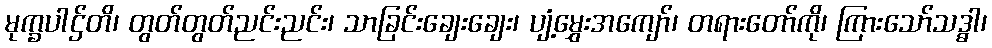
မုက္ခပါဌ်တိ၊ တွတ်တွတ်ညင်းညင်း၊ သာခြင်းချေးချေး၊ ပျံ့မွှေးအကျော်၊ တရားတော်ကို၊ ကြားသော်သဒ္ဓါ၊